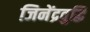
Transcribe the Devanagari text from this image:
जिनेंद्रवुद्धि